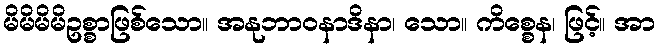
မိမိမိမိဥစ္စာဖြစ်သော။ အနုဘာဝနာဒိနာ၊ သော။ ကိစ္စေန၊ ဖြင့်။ အာ